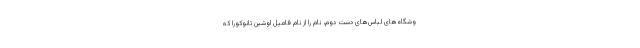
وشگاه‌های لباس‌های دست دوم، نام را از نام فامیل اوشین تانوکورا که